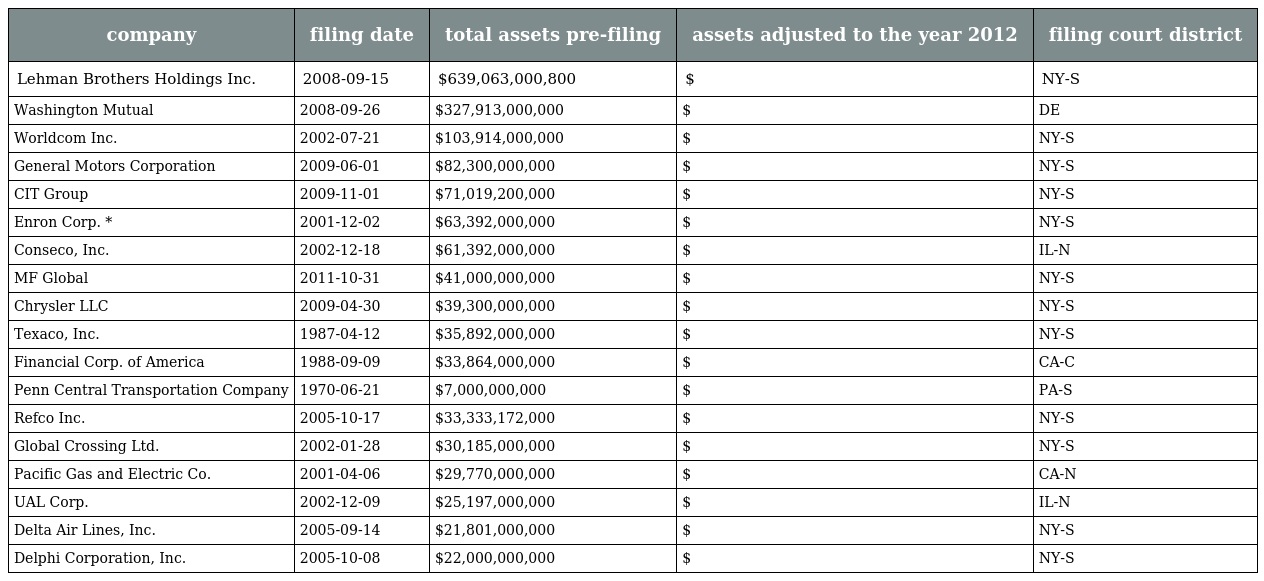
| company | filing date | total assets pre-filing | assets adjusted to the year 2012 | filing court district |
 | --- | --- | --- | --- | --- |
 | Lehman Brothers Holdings Inc. | 2008-09-15 | $639,063,000,800 | $ | NY-S |
 | Washington Mutual | 2008-09-26 | $327,913,000,000 | $ | DE |
 | Worldcom Inc. | 2002-07-21 | $103,914,000,000 | $ | NY-S |
 | General Motors Corporation | 2009-06-01 | $82,300,000,000 | $ | NY-S |
 | CIT Group | 2009-11-01 | $71,019,200,000 | $ | NY-S |
 | Enron Corp. * | 2001-12-02 | $63,392,000,000 | $ | NY-S |
 | Conseco, Inc. | 2002-12-18 | $61,392,000,000 | $ | IL-N |
 | MF Global | 2011-10-31 | $41,000,000,000 | $ | NY-S |
 | Chrysler LLC | 2009-04-30 | $39,300,000,000 | $ | NY-S |
 | Texaco, Inc. | 1987-04-12 | $35,892,000,000 | $ | NY-S |
 | Financial Corp. of America | 1988-09-09 | $33,864,000,000 | $ | CA-C |
 | Penn Central Transportation Company | 1970-06-21 | $7,000,000,000 | $ | PA-S |
 | Refco Inc. | 2005-10-17 | $33,333,172,000 | $ | NY-S |
 | Global Crossing Ltd. | 2002-01-28 | $30,185,000,000 | $ | NY-S |
 | Pacific Gas and Electric Co. | 2001-04-06 | $29,770,000,000 | $ | CA-N |
 | UAL Corp. | 2002-12-09 | $25,197,000,000 | $ | IL-N |
 | Delta Air Lines, Inc. | 2005-09-14 | $21,801,000,000 | $ | NY-S |
 | Delphi Corporation, Inc. | 2005-10-08 | $22,000,000,000 | $ | NY-S |